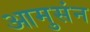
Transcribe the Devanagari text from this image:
आमुसंन